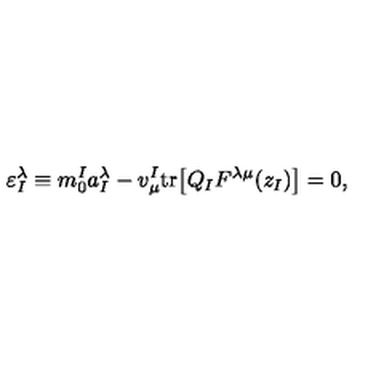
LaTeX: \varepsilon _ { I } ^ { \lambda } \equiv m _ { 0 } ^ { I } a _ { I } ^ { \lambda } - v _ { \mu } ^ { I } \mathrm { t r } \bigl [ Q _ { I } F ^ { \lambda \mu } ( z _ { I } ) \bigr ] = 0 ,